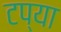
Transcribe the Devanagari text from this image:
टप्या